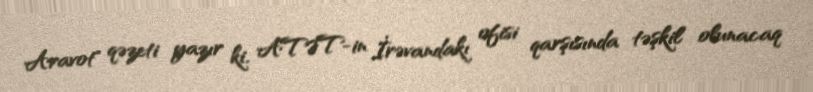
Aravot" qəzeti yazır ki, ATƏT-in İrəvandakı ofisi qarşısında təşkil olunacaq